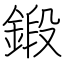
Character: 鍛